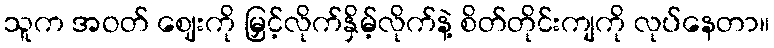
သူက အဝတ် ဈေးကို မြှင့်လိုက်နှိမ့်လိုက်နဲ့ စိတ်တိုင်းကျကို လုပ်နေတာ။